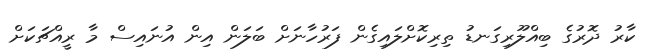
ކާރު ދޮރުގެ ބިއްލޫރިގަނޑު ތިރިކޮށްލައިގެން ފަރުހާނަށް ބަލަން އިން އުނައިސް މާ ރީއްޗަކަށް